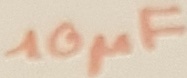
Text: 10µF